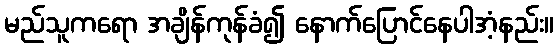
မည်သူကရော အချိန်ကုန်ခံ၍ နောက်ပြောင်နေပါအံ့နည်း။